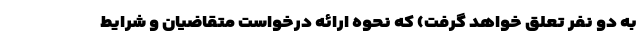
به دو نفر تعلق خواهد گرفت) که نحوه ارائه درخواست متقاضیان و شرایط